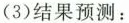
(3) 结果预测：